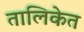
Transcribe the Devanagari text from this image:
तालिकेत